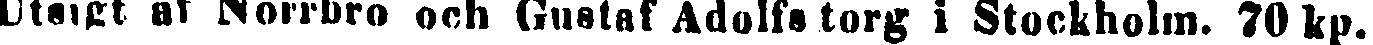
Utsigt af Norrbro och Gustaf Adolfs torg i Stockholm. 70 kp.